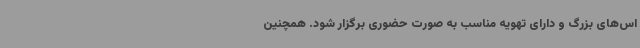
اس‌های بزرگ و دارای تهویه مناسب به صورت حضوری برگزار شود. همچنین